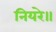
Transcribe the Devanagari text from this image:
नियरे॥